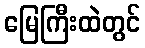
မြေကြီးထဲတွင်